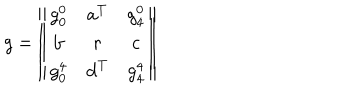
g = \left\| \begin{array} { c c c } { { g _ { 0 } ^ { 0 } } } & { { { \bf a } ^ { T } } } & { { g _ { 4 } ^ { 0 } } } \\ { { { \bf b } } } & { { r } } & { { { \bf c } } } \\ { { g _ { 0 } ^ { 4 } } } & { { { \bf d } ^ { T } } } & { { g _ { 4 } ^ { 4 } } } \\ \end{array} \right\| \